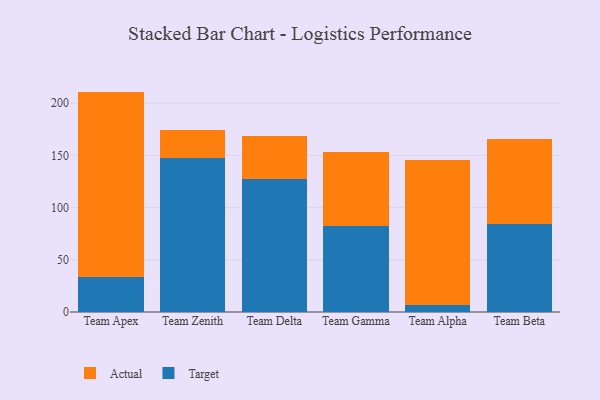
{"axis": {"x": "Team", "y": "Backlog"}, "legend": ["Actual", "Target"], "data": [{"x": "Team Apex", "y": 33.6, "type": "Target"}, {"x": "Team Apex", "y": 177.5, "type": "Actual"}, {"x": "Team Zenith", "y": 147.1, "type": "Target"}, {"x": "Team Zenith", "y": 26.8, "type": "Actual"}, {"x": "Team Delta", "y": 127.7, "type": "Target"}, {"x": "Team Delta", "y": 41.3, "type": "Actual"}, {"x": "Team Gamma", "y": 82.7, "type": "Target"}, {"x": "Team Gamma", "y": 70.2, "type": "Actual"}, {"x": "Team Alpha", "y": 6.9, "type": "Target"}, {"x": "Team Alpha", "y": 138.5, "type": "Actual"}, {"x": "Team Beta", "y": 84.2, "type": "Target"}, {"x": "Team Beta", "y": 81.9, "type": "Actual"}]}